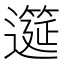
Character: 𫑎